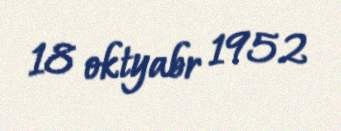
18 oktyabr 1952